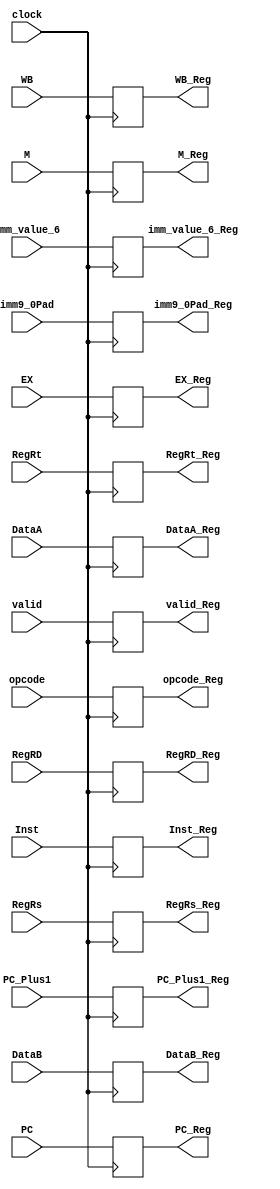
module RREX(clock,WB,M,EX,DataA,DataB,RegRD,imm9_0Pad,PC_Plus1,opcode,Inst,imm_value_6,RegRs,RegRt,PC,valid,
WB_Reg,M_Reg,EX_Reg,DataA_Reg,DataB_Reg,RegRD_Reg,imm9_0Pad_Reg,PC_Plus1_Reg,opcode_Reg,Inst_Reg,imm_value_6_Reg,RegRs_Reg,RegRt_Reg,PC_Reg,valid_Reg);
input clock;
input [2:0] WB;
input [2:0] M;
input [8:0] EX;
input [15:0] DataA,DataB;
input [2:0] RegRD;
input [15:0] imm9_0Pad;
input [15:0] PC_Plus1;
input [3:0] opcode;
input [15:0] Inst;
input [15:0] imm_value_6;
input [2:0] RegRs,RegRt;//
input [15:0] PC;
input valid;
output [2:0] WB_Reg;
output [2:0] M_Reg;
output [8:0] EX_Reg;
output [15:0] DataA_Reg,DataB_Reg;
output [2:0] RegRD_Reg;
output [15:0] imm9_0Pad_Reg;
output [15:0] PC_Plus1_Reg;
output [3:0] opcode_Reg;
output [15:0] Inst_Reg;
output [15:0] imm_value_6_Reg;
output [2:0] RegRs_Reg,RegRt_Reg;
output [15:0] PC_Reg;
output valid_Reg;

reg [2:0] WB_Reg;
reg [2:0] M_Reg;
reg [8:0] EX_Reg;
reg [15:0] DataA_Reg,DataB_Reg;
reg [2:0] RegRD_Reg;
reg [15:0] imm9_0Pad_Reg;
reg [15:0] PC_Plus1_Reg;
reg [3:0] opcode_Reg;
reg [15:0] Inst_Reg;
reg [15:0] imm_value_6_Reg;
reg [2:0] RegRs_Reg,RegRt_Reg;
reg [15:0] PC_Reg;
reg valid_Reg;
initial begin
WB_Reg=0;
M_Reg=0;
EX_Reg=0;
DataA_Reg=0;
DataB_Reg=0;
RegRD_Reg=0;
imm9_0Pad_Reg=0;
PC_Plus1_Reg=0;
opcode_Reg=0;
Inst_Reg=0;
imm_value_6_Reg=0;
RegRs_Reg=0;
RegRt_Reg=0;
PC_Reg =0;
valid_Reg=0;
end
always@(posedge clock)
begin
WB_Reg<=WB;
M_Reg<=M;
EX_Reg<=EX;
DataA_Reg<=DataA;
DataB_Reg<=DataB;
RegRD_Reg<=RegRD;
imm9_0Pad_Reg<=imm9_0Pad;
PC_Plus1_Reg<=PC_Plus1;
opcode_Reg<=opcode;
Inst_Reg<=Inst;
imm_value_6_Reg<=imm_value_6;
RegRs_Reg<=RegRs;
RegRt_Reg<=RegRt;
PC_Reg<=PC;
valid_Reg<=valid;

end
endmodule